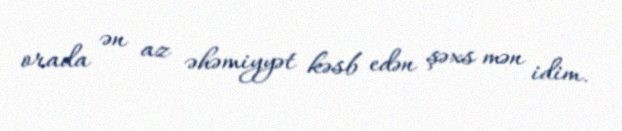
orada ən az əhəmiyyət kəsb edən şəxs mən idim.